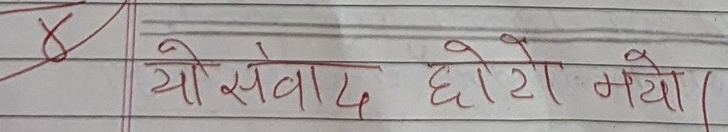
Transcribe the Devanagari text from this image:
यो संवाद छोटो भयो।